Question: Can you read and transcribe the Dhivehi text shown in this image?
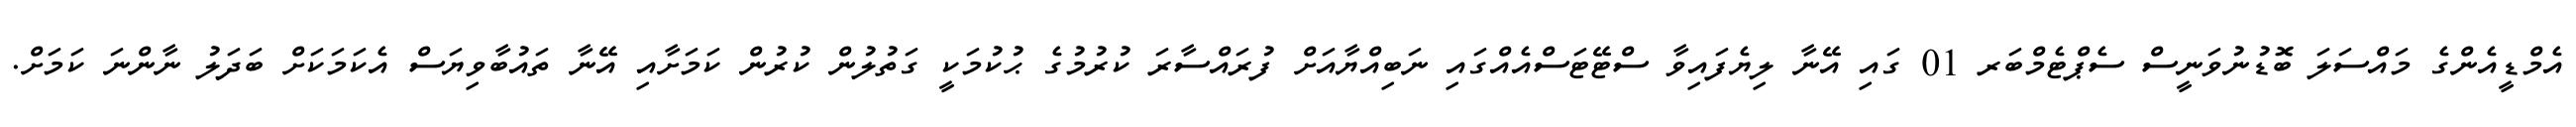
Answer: އެމްޑީއެންގެ މައްސަލަ ބޮޑުނުވަނީސް ސެޕްޓެމްބަރ 01 ގައި އޭނާ ލިޔެފައިވާ ސްޓޭޓަސްއެއްގައި ނަބިއްޔާއަށް ފުރައްސާރަ ކުރުމުގެ ޙުކުމަކީ ގަތުލުން ކުރުން ކަމަށާއި އޭނާ ތައުބާވިޔަސް އެކަމަކަށް ބަދަލު ނާންނަ ކަމަށް.